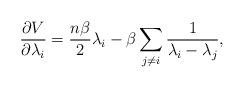
LaTeX: \begin{align*}\frac{\partial V}{\partial \lambda_i} = \frac{n\beta}{2} \lambda_i - \beta \sum_{j \ne i} \frac{1}{\lambda_i - \lambda_j},\end{align*}